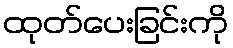
ထုတ်ပေးခြင်းကို